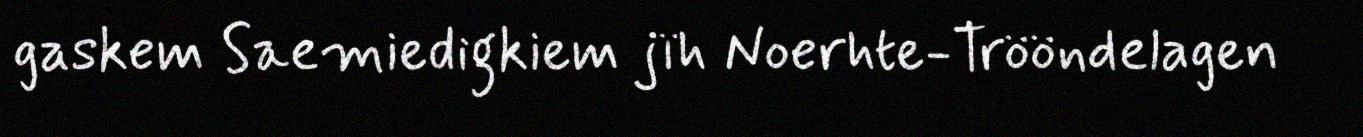
gaskem Saemiedigkiem jïh Noerhte-Trööndelagen